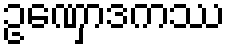
ဥဏှောဒကဿ